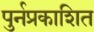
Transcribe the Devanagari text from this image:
पुर्नप्रकाशित